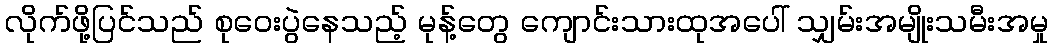
လိုက်ဖို့ပြင်သည် စုဝေးပွဲနေသည့် မုန့်တွေ ကျောင်းသားထုအပေါ် သျှမ်းအမျိုးသမီးအမှု